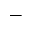
-